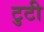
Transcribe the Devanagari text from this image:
टुटी